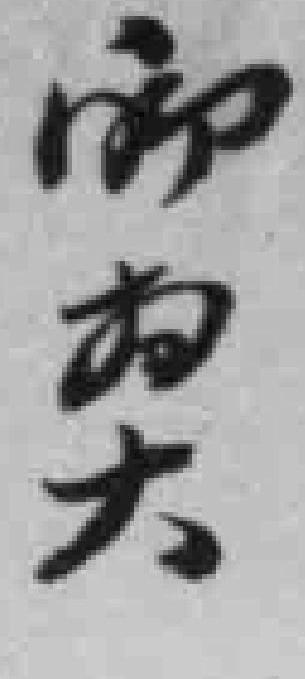
而为大